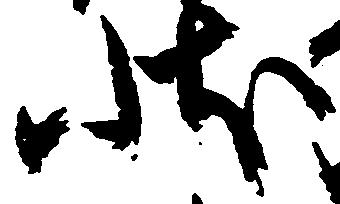
状